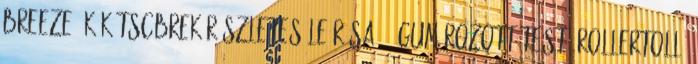
Breeze, kék TSCBREK részletes leírása: - gumírozott testű rollertoll-